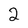
Character: 2